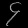
Digit: ၄